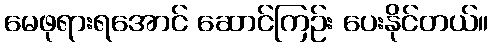
မေဖုရားရအောင် ဆောင်ကြဉ်း ပေးနိုင်တယ်။